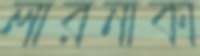
লারনাকা